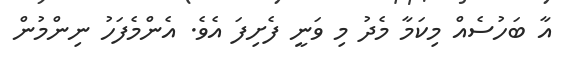
އާ ބަހުސެއް މިކަމާ މެދު މި ވަނީ ފެށިފަ އެވެ. އެންމެފަހު ނިންމުން